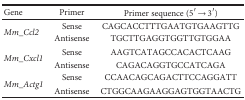
<table><thead><tr><td><b>Gene</b></td><td><b>Primer</b></td><td><b>Primer sequence (5′ → 3′)</b></td></tr></thead><tbody><tr><td rowspan="2"><i>Mm_Ccl2</i></td><td>Sense</td><td>CAGCACCTTTGAATGTGAAGTTG</td></tr><tr><td>Antisense</td><td>TGCTTGAGGTGGTTGTGGAA</td></tr><tr><td rowspan="2"><i>Mm_Cxcl1</i></td><td>Sense</td><td>AAGTCATAGCCACACTCAAG</td></tr><tr><td>Antisense</td><td>CAGACAGGTGCCATCAGA</td></tr><tr><td rowspan="2"><i>Mm_Actg1</i></td><td>Sense</td><td>CCAACAGCAGACTTCCAGGATT</td></tr><tr><td>Antisense</td><td>CTGGCAAGAAGGAGTGGTAACTG</td></tr></tbody></table>